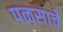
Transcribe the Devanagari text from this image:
पळसाचे